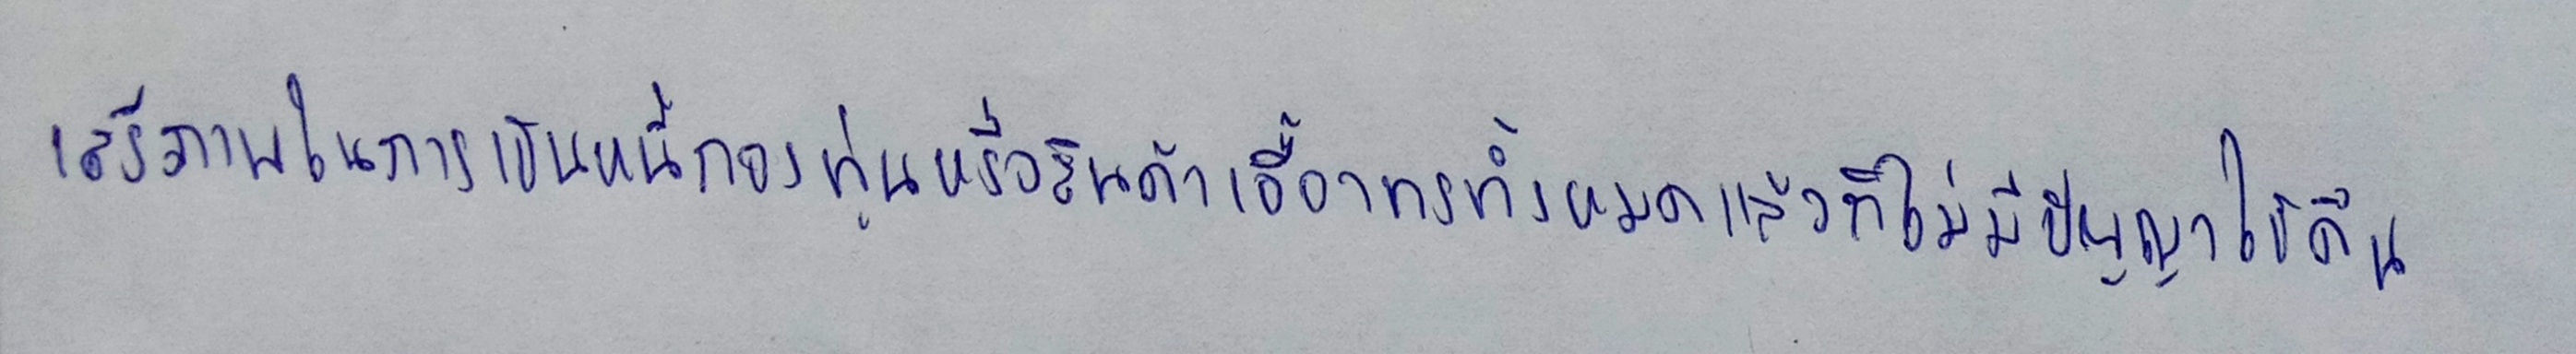
เสรีภาพในการเป็นหนี้กองทุนหรือสินค้าเอื้ออาทรทั้งหลายแล้วก็ไม่มีปัญญาใช้คืน